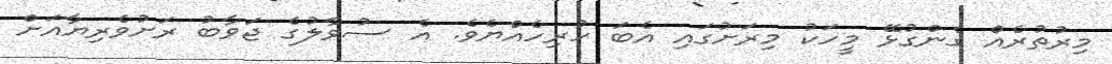
މިރުތުރެއް ގެންގުޅޭ މީހަކު މިރަށުގައި އެބަ ހުރިހެއްޔެވެ. އެ ސުވާލުގެ ޖަވާބު ރަށުވެރިޔާއަށް